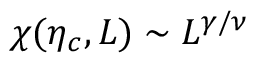
\chi ( \eta _ { c } , L ) \sim L ^ { \gamma / \nu }